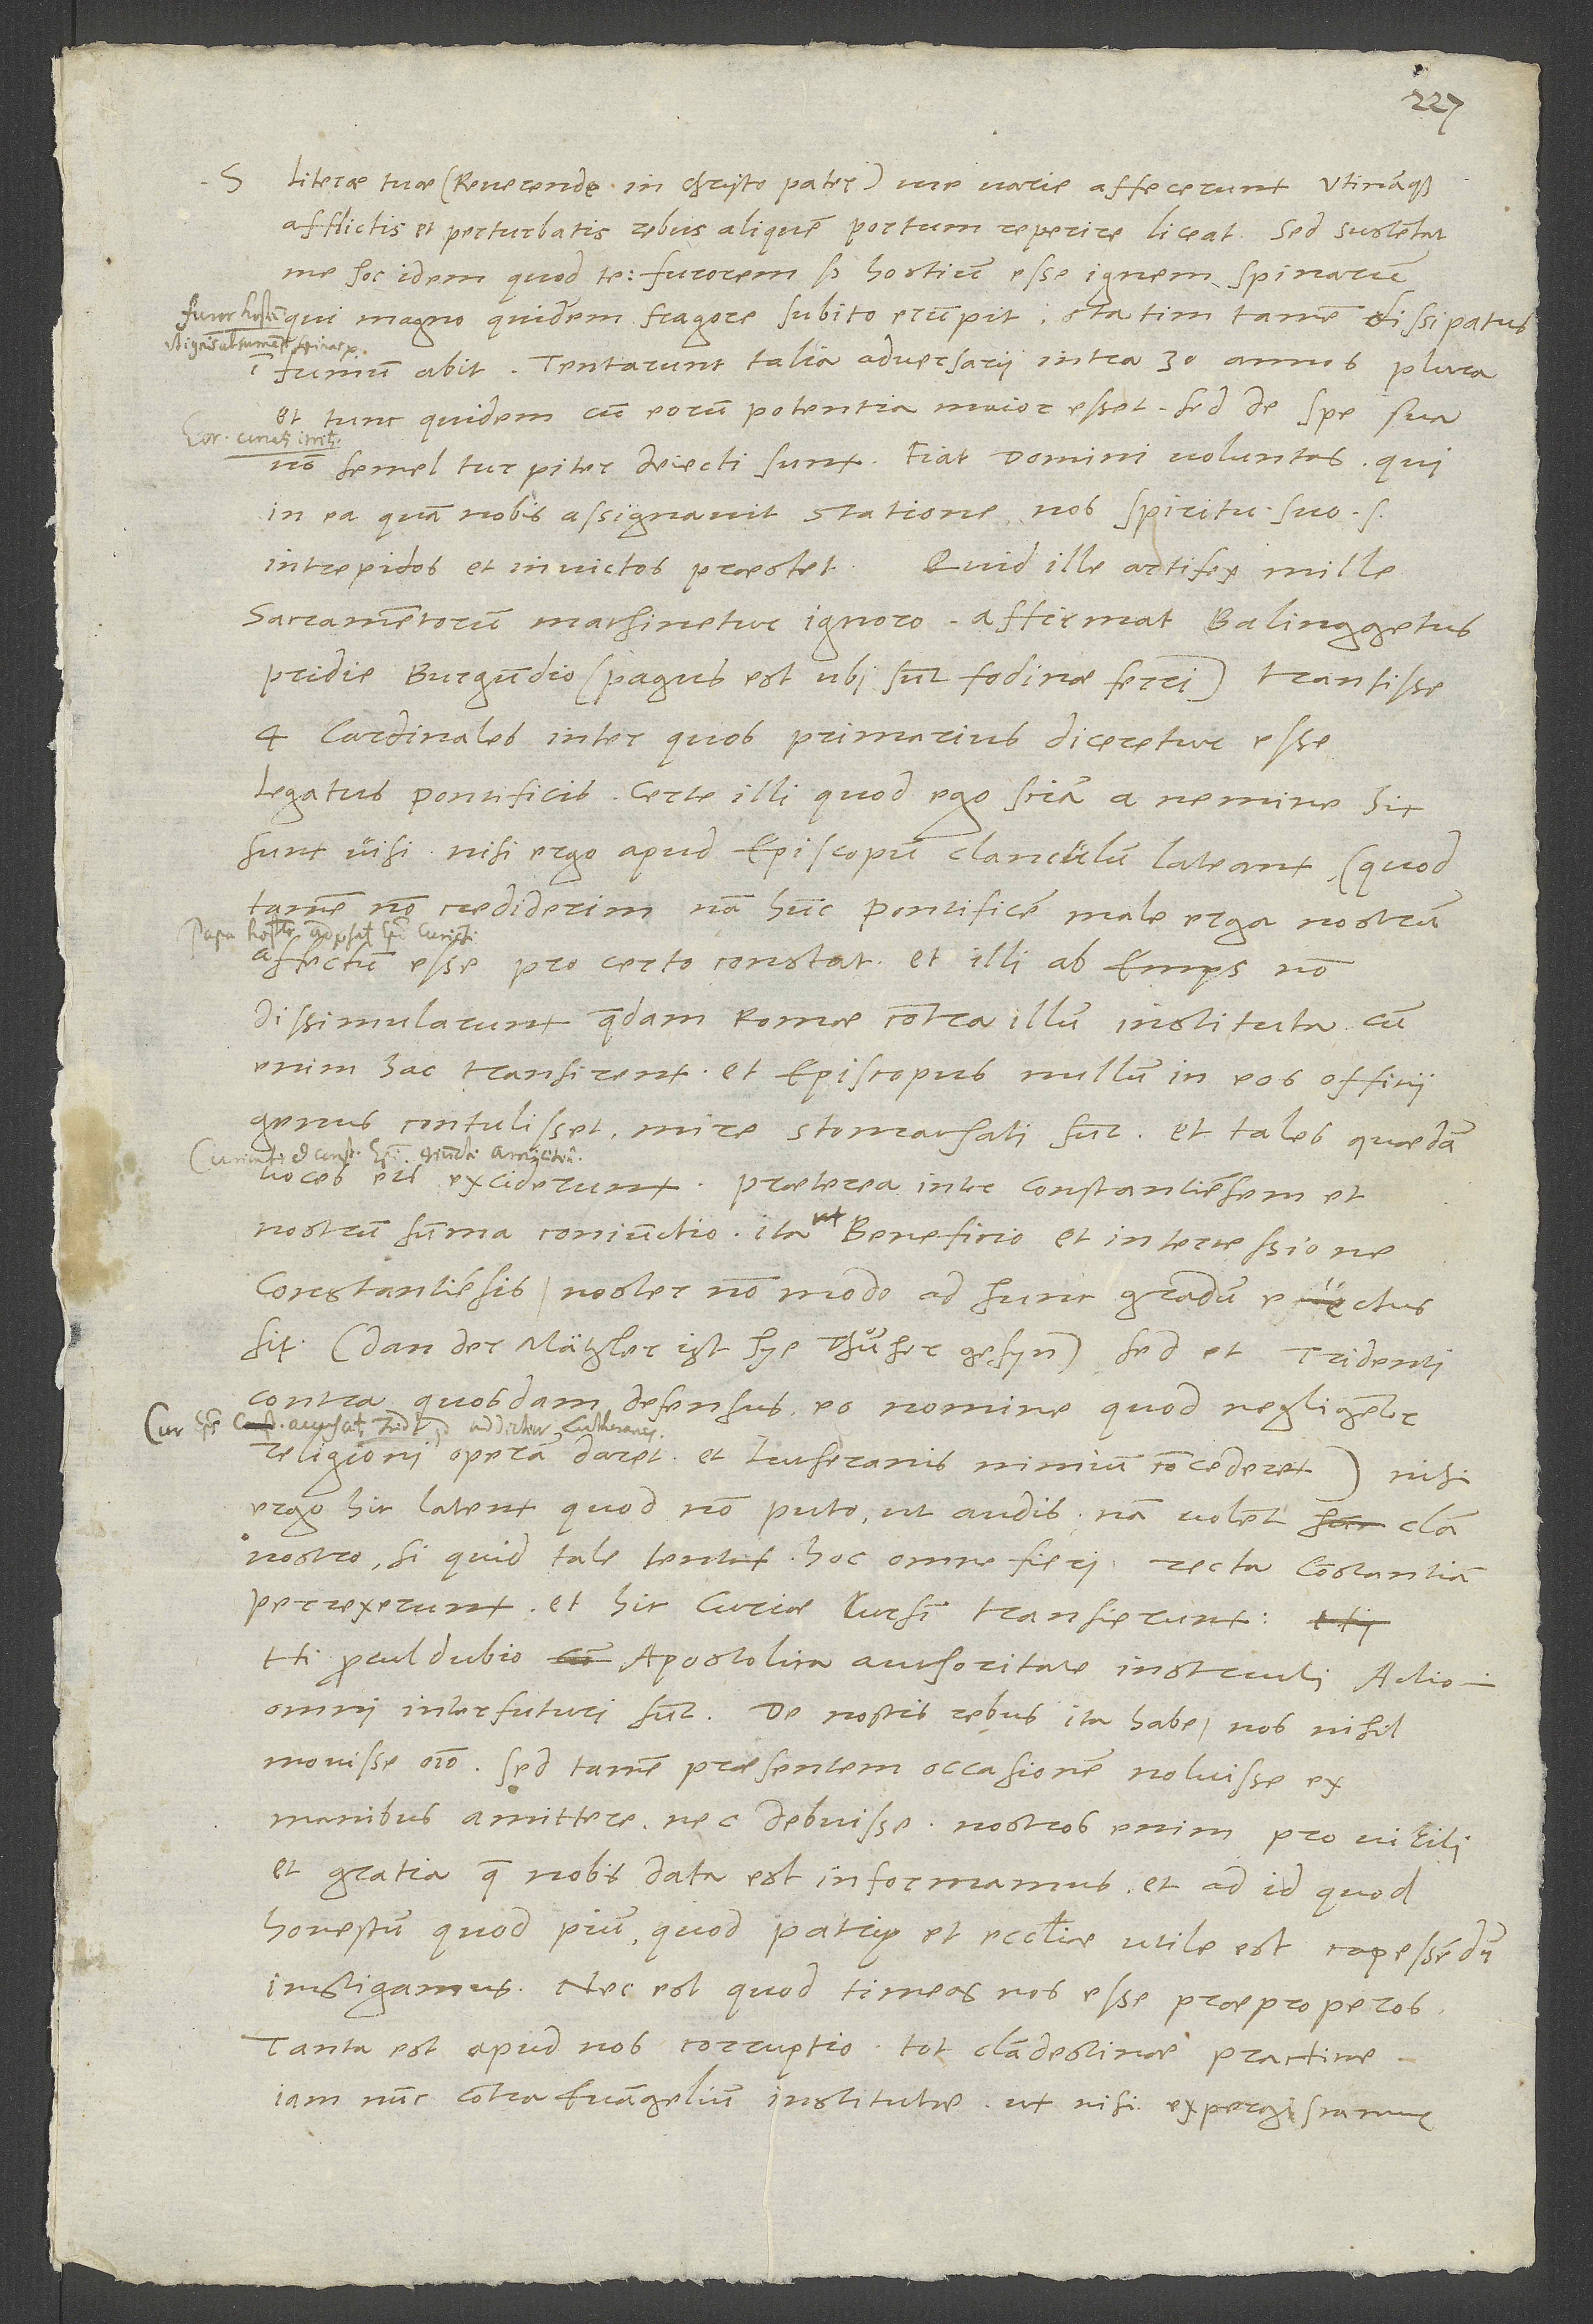
S.
Literae tuae (reverende in Christo pater) me varie affecerunt, utinamque
afflictis et perturbatis rebus aliquem portum reperire liceat! Sed sustentat
qui magno quidem fragore subito erumpit, statim tamen dissipatus
fumum abit. Tentarunt talia adversarii intra 30 annos plura
et tunc quidem, cum eorum potentia maior esset; sed de spe sua
semel turpiter deiecti sunt. Fiat domini voluntas, qui
in ea, quam nobis assignavit, statione nos spiritu suo
intrepidos et invictos praestet! Quid ille artifex mille
sacramentorum machinetur, ignoro. Affirmat Balinggetus
pridie Burgundio (pagus est, ubi sunt fodinae ferri) transisse
4 cardinales, inter quos primarius diceretur esse
legatus pontificis. Certe illi, quod ego sciam, a nemine
Nisi ergo apud episcopum clanculum lateant (quod
tamen non crediderim; nam hunc pontificem male erga nostrum
affectum esse pro certo constat, et illi ab Emps non
dissimularunt quaedam Romae contra illum instituta.
enim hac transirent et episcopus nullum in eos officii
genus contulisset, mire stomachati sunt, et tales quaedam
voces eis exciderunt. Praeterea inter Constantiensem et
nostrum summa coniunctio, ita ut beneficio et intercessione
Constantiensis noster non modo ad hunc gradum evectus
sit (dan der Mätzler ist hie thuͦmher gesyn, sed et Tridenti
contra quosdam defensus eo nomine, quod negligenter
religioni operam daret et Lutheranis nimium concederet) nisi
ergo hic latent, quod non puto, ut audis nam volent clam
nostro, si quid tale tentant, hoc omne fieri, recta Constantiam
perrexerunt et hic Curiae cursim transierunt.
Hi procul dubio apostolica authoritate instructi actioni
omni interfuturi sunt. - De nostris rebus ita habe: nos nihil
movisse omnino, sed tamen praesentem occasionem noluisse ex
manibus amittere nec debuisse. Nostros enim pro virili
et gratia, quae nobis data est, informamus et ad id, quod
honestum, quod pium, quod patrię et ecclesiae utile est, capessendum
instigamus, nec est, quod timeas nos esse praeproperos.
Tanta est apud nos corruptio, tot clandestinae practicae
iam nunc contra evangelium institutae, ut, nisi expergiscamur,